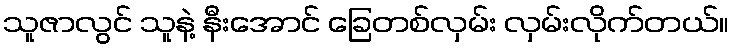
သူဇာလွင် သူနဲ့ နီးအောင် ခြေတစ်လှမ်း လှမ်းလိုက်တယ်။